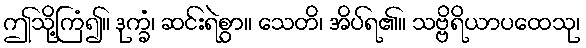
ဤသို့ကြံ၍။ ဒုက္ခံ၊ ဆင်းရဲစွာ။ သေတိ၊ အိပ်ရ၏။ သဗ္ဗိရိယာပထေသု၊